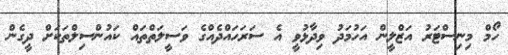
ހޯމް މިނިސްޓަރު އަޒްލީން އަހުމަދު ވިދާޅުވީ އެ ސަރަހައްދެއްގެ ވަސީލަތްތައް ކައުންސިލްތަކަށް ދީގެން